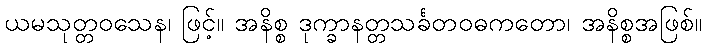
ယမသုတ္တဝသေန၊ ဖြင့်။ အနိစ္စ ဒုက္ခာနတ္တသင်္ခတဝဓကတော၊ အနိစ္စအဖြစ်။